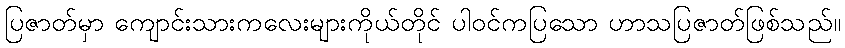
ပြဇာတ်မှာ ကျောင်းသားကလေးများကိုယ်တိုင် ပါဝင်ကပြသော ဟာသပြဇာတ်ဖြစ်သည်။